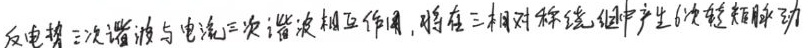
反电势三次谐波与电流三次谐波相互作用，将在三相对称绕组中产生6倍转频脉动功